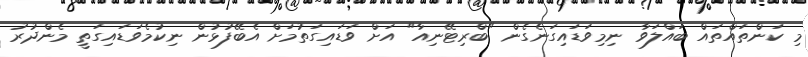
މި ކަންތައްތައް ބައްލަވާ ނިމިވަޑައިގަނެގެން "ބްރިޓޭނިއާ" އަށް ވަޑައިގަތުމަށް އެބޭފުޅުން ނިކުމެވަޑައިގަތީ މެންދުރު